Mental hospitals Bombay report 1929-33 - 1929-1933
Year: 1929
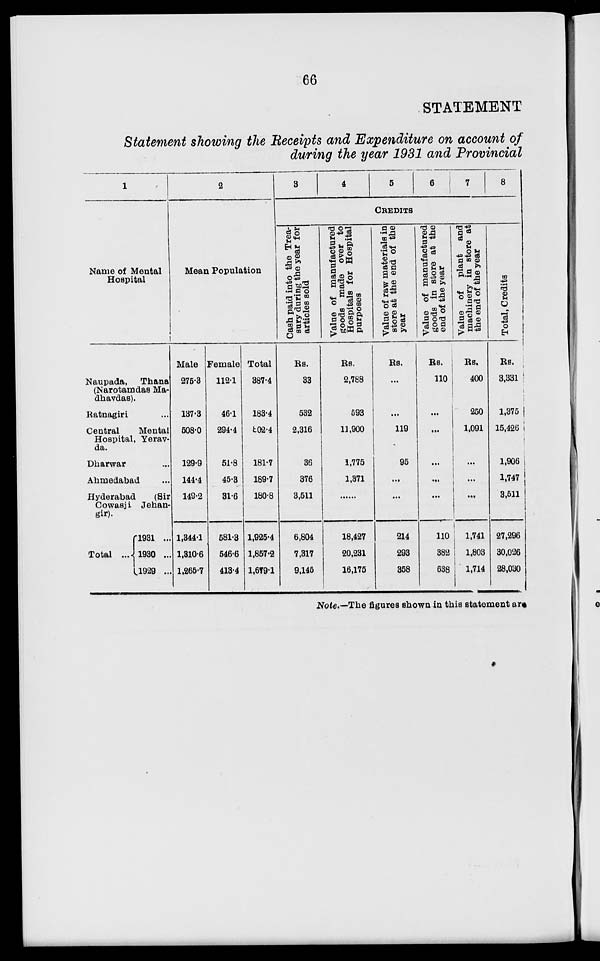
66
STATEMENT
Statement showing the Receipts and Expenditure on account of
during the year 1931 and Provincial
1
Name of Mental
Hospital
Naupada,
Thana
(Narotamdas Ma-
dhavdas).
Ratnagiri ...
Central
Mental
Hospital, Yerav-
da.
Dharwar ...
Ahmedabad ...
Hyderabad
(Sir
Cowasji Jehan-
gir).
Total ...
1931 ...
1930 ...
1929 ...
2
Mean Population
Male
275.3
137.3
508.0
129.9
144.4
149.2
1,344.1
1,310.6
1,265.7
Female
112.1
46.1
294.4
51.8
45.3
31.6
581.3
546.6
413.4
Total
387.4
183.4
802.4
181.7
189.7
180.8
1,925.4
1,857.2
1,679.1
3
4
5
6
7
8
CREDITS
Cash
paid into the Trea-
sury during the year for
articles sold
Rs.
33
532
2,316
36
376
3,511
6,804
7,317
9,145
Value of manufactured
goods made over to
Hospitals for Hospital
purposes
Rs.
2,788
593
11,900
1,775
1,371
......
18,427
20,231
16,175
Value of raw materials in
store at the end of the
year
Rs.
...
...
119
95
...
...
214
293
358
Value of manufactured
goods in store at the
end of the year
Rs.
110
...
...
...
...
...
110
382
638
Value of plant and
machinery in store at
the end of the year
Rs.
400
250
1,091
...
...
...
1,741
1,803
1,714
Total, Credits
Rs.
3,331
1,375
15,426
1,906
1,747
3,511
27,296
30,026
28,030
Note.—The figures shown in this statement are